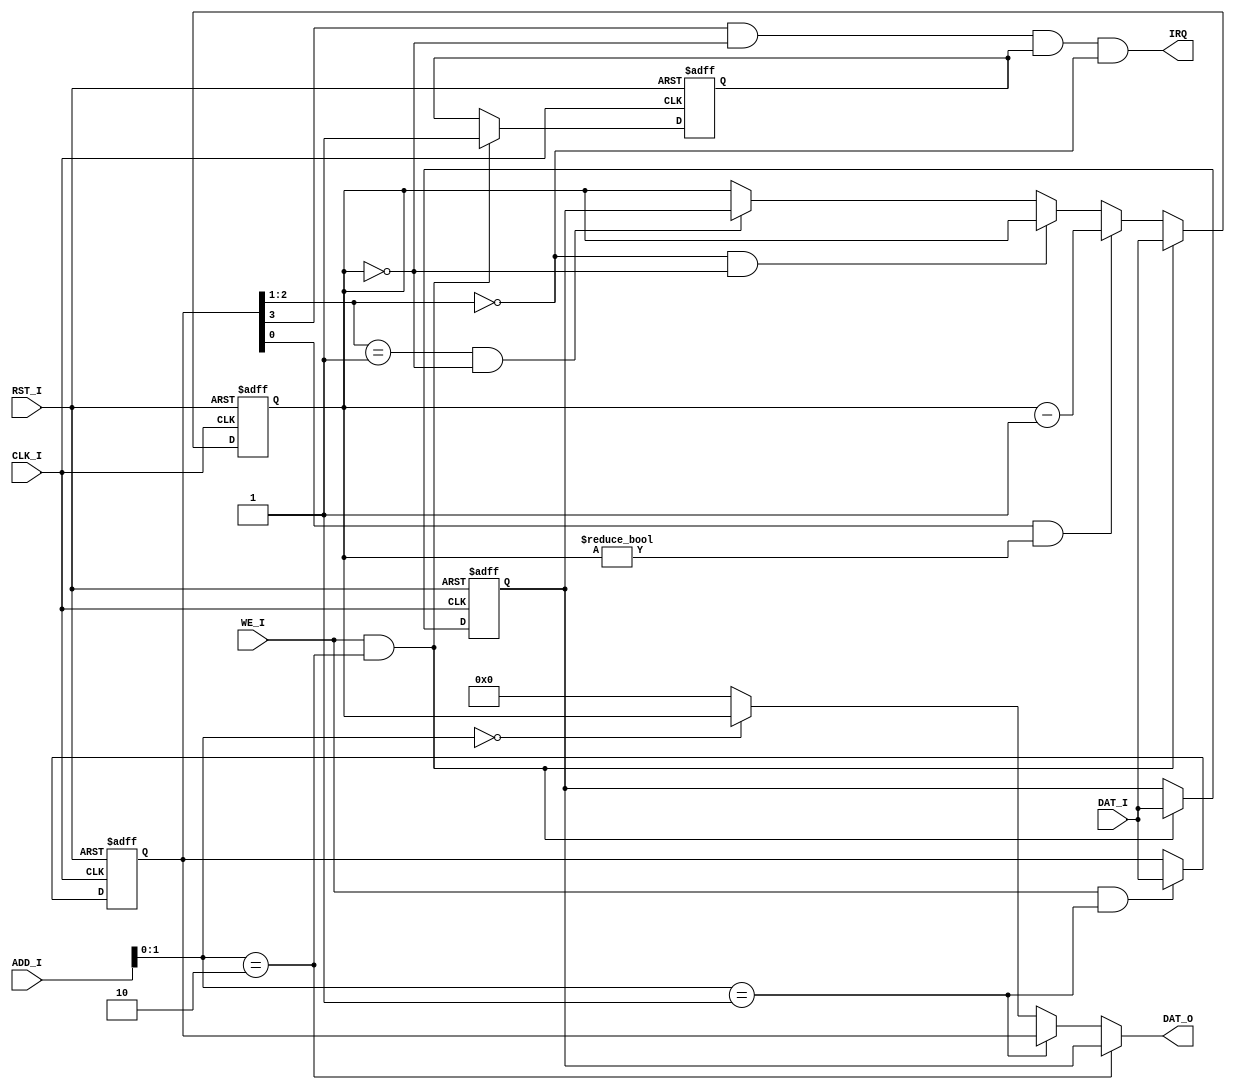
module timer(CLK_I,RST_I,ADD_I,WE_I,DAT_I,DAT_O,IRQ);
  input CLK_I;  
  input RST_I;  
  input [7:2] ADD_I;  
  input WE_I;  
  input [31:0]DAT_I;  
  output [31:0]DAT_O;   
  output IRQ;           
  reg [31:0] CTRL,PRESET,COUNT; 
  wire IM;
  wire [2:1]Mode;
  wire Enable;
  reg mark;
 
  assign IM = CTRL[3];
  assign Mode = CTRL[2:1];
  assign Enable = CTRL[0];
  
  assign IRQ = (IM==1 && COUNT==32'b0 && mark && Mode == 2'b00);
  assign DAT_O =  ( ADD_I[3:2]==2'b10 )?PRESET:
                  ( ADD_I[3:2]==2'b01 )?CTRL:
                  ( ADD_I[3:2]==2'b00 )?COUNT:0;
  
  always @ (posedge CLK_I or negedge RST_I)
  begin
    if(!RST_I)
      begin
        CTRL=32'b0;
        PRESET=32'b0;
        COUNT=32'b0;
        mark=1'b0;
      end
    else
      begin
           if(WE_I && ADD_I[3:2]==2'b10)
           begin
           PRESET = DAT_I;
           COUNT=PRESET;
           mark=1'b1;
           end
           else if( Enable &&  COUNT!=0 )
             COUNT=COUNT-32'b1;
			  else if( Mode==2'b00 & COUNT==32'b0 )
			    COUNT=COUNT;
           else if( Mode==2'b01 & COUNT==32'b0 )
             COUNT=PRESET;
			  
           if(WE_I && ADD_I[3:2]==2'b01)
            CTRL = DAT_I;
      end 
  end  
endmodule